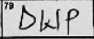
Transcription: DWP